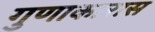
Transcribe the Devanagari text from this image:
गुणाकारास